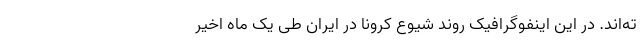
ته‌اند. در این اینفوگرافیک روند شیوع کرونا در ایران طی یک ماه اخیر